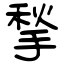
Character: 揫